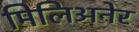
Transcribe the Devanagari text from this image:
मिलिअनेर